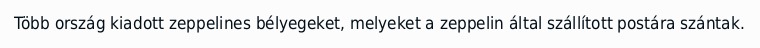
Több ország kiadott zeppelines bélyegeket, melyeket a zeppelin által szállított postára szántak.